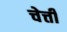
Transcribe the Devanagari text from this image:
चेत्ती